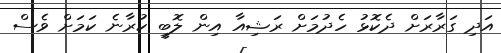
އަދި ގަރާރަށް ދެކޮޅު ހެދުމަށް ރަޝިއާ އިން ލޮބީ ކުރާނެ ކަމަށް ވެސް